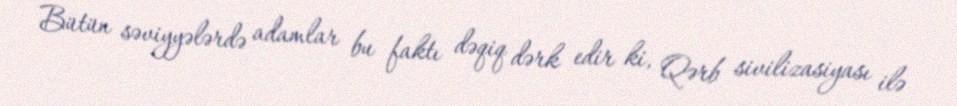
Bütün səviyyələrdə adamlar bu faktı dəqiq dərk edir ki, Qərb sivilizasiyası ilə